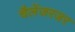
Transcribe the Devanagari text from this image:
चैलेंजरजर